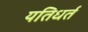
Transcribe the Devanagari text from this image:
यतिधर्त